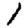
Digit: 1